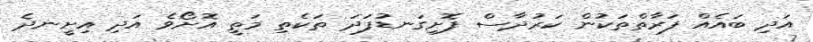
އަދި ބައެއް ފަރާތްތަކުން ކަރުދާސް ފޮށިގަނޑުފަދަ ތަކެތި މަތީ އޮށޯވެ އަދި އިށީނދެ